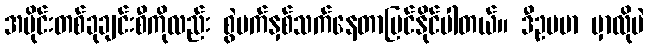
အပိုင်းတစ်ခုချင်းစီကိုလည်း စွဲမက်နှစ်သက်နေတာမြင်နိုင်ပါတယ်။ ဒီဥပမာ မှာလိုပဲ